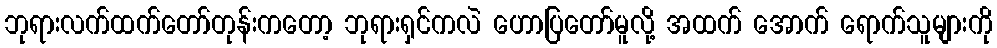
ဘုရားလက်ထက်တော်တုန်းကတော့ ဘုရားရှင်ကလဲ ဟောပြတော်မူလို့ အထက် အောက် ရောက်သူများကို